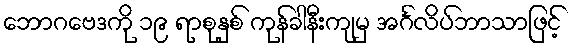
ဘောဂဗေဒကို ၁၉ ရာစုနှစ် ကုန်ခါနီးကျမှ အင်္ဂလိပ်ဘာသာဖြင့်